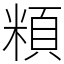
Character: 頪